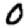
Digit: 0